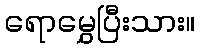
ရောမွှေပြီးသား။